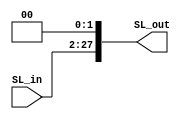
module Shift_Left_26_28(
input [25:0]SL_in,
output reg[27:0]SL_out
);

always @*
	begin
	   SL_out = SL_in << 2;
	end
endmodule